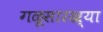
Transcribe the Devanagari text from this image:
गळूसारख्या